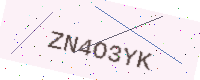
Text: ZN4O3YK